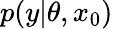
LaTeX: p(y|\theta,x_{0})